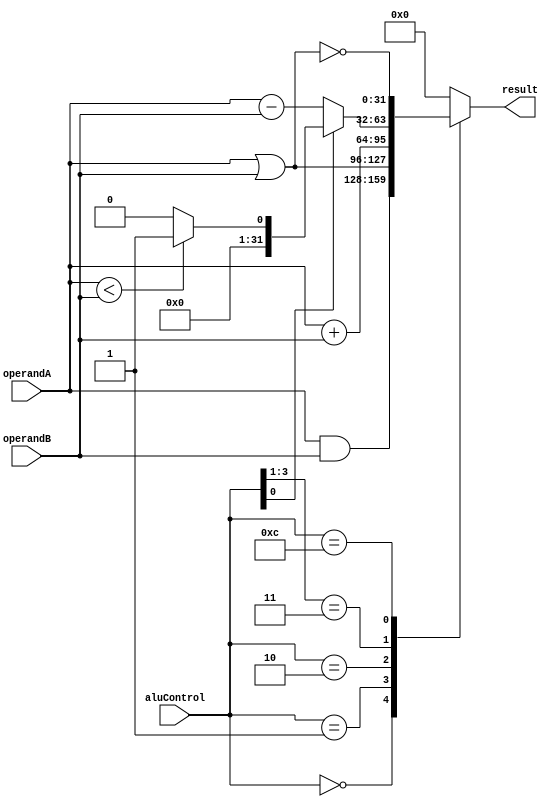
module ALU(
    input wire [31:0] operandA,
    input wire [31:0] operandB,
    input wire [3:0]  aluControl, // ALU 동작을 제어하는 신호
    output reg [31:0] result,
//    output wire zeroFlag          // 결과가 0인지 여부를 나타내는 플래그
);
    always @(operandA or operandB or aluControl) begin
        casex (aluControl)
            4'b0000: result = operandA & operandB; // and
            4'b0001: result = operandA | operandB; // or
            4'b0010: result = operandA + operandB; // add
            4'b011x: begin 
                         result = operandA - operandB; // sub or slt
                         if(aluControl[0] == 1) // slt
                            if(operandA < operandB)
                                result = 32'd1;
                            else
                                result = 32'd0;
                     end 
            4'b1100: result = ~(operandA | operandB); // nor
            default: result = 32'h0;
        endcase
    end
    
//    assign zeroFlag = (result == 32'h0);
endmodule